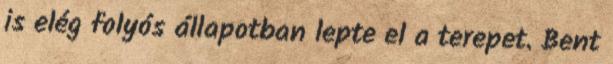
is elég folyós állapotban lepte el a terepet. Bent